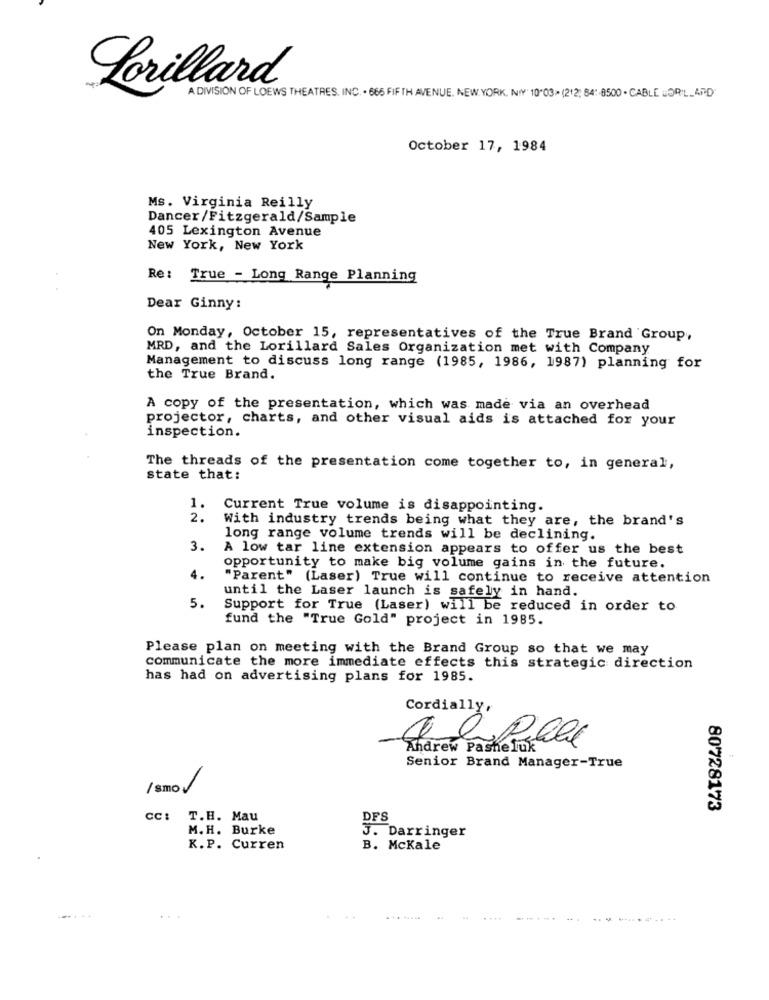
Lorillard
A DIVISION OF LOEWS THEATRES, INC. . 665 FIFTH AVENUE, NEW YORK, NY" 10"03> (212; 84"-8500 - CABLE BOR'L __ APD
October 17, 1984
Ms. Virginia Reilly
Dancer/Fitzgerald/Sample
405 Lexington Avenue
New York, New York
Re :
True - Long Range Planning
Dear Ginny:
On Monday, October 15, representatives of the True Brand Group,
MRD, and the Lorillard Sales Organization met with Company
Management to discuss long range (1985, 1986, 1987) planning for
the True Brand.
A copy of the presentation, which was made via an overhead
projector, charts, and other visual aids is attached for your
inspection.
The threads of the presentation come together to, in general,
state that:
1.
Current True volume is disappointing.
2.
With industry trends being what they are, the brand's
long range volume trends will be declining.
3.
A low tar line extension appears to offer us the best
opportunity to make big volume gains in the future.
4.
"Parent" (Laser) True will continue to receive attention
until the Laser launch is safely in hand.
5.
Support for True (Laser) will be reduced in order to
fund the "True Gold" project in 1985.
Please plan on meeting with the Brand Group so that we may
communicate the more immediate effects this strategic direction
has had on advertising plans for 1985.
Cordially,
Senior Brand Manager-True
/ smo_
80728173
CC:
T.H. Mau
DFS
M. H. Burke
3. Darringer
K.P. Curren
B. Mckale